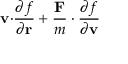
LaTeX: \mathbf { v \cdot } { \frac { \partial f } { \partial \mathbf { r } } } + { \frac { \mathbf { F } } { m } } \cdot { \frac { \partial f } { \partial \mathbf { v } } }